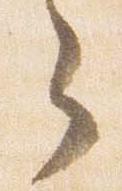
々